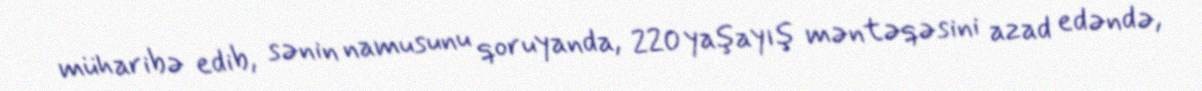
müharibə edib, sənin namusunu qoruyanda, 220 yaşayış məntəqəsini azad edəndə,